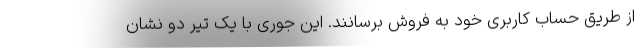
از طریق حساب کاربری خود به فروش برسانند. این جوری با یک تیر دو نشان